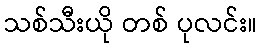
သစ်သီးယို တစ် ပုလင်း။